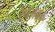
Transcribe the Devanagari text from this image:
रेषेजवळ